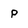
Character: p